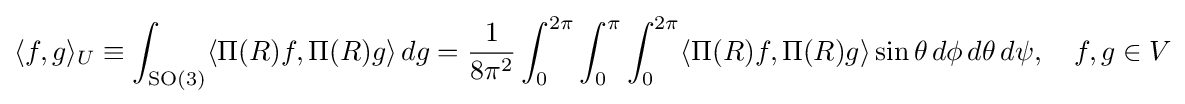
\langle f,g\rangle _{U}\equiv \int _{\operatorname {SO} (3)}\langle \Pi (R)f,\Pi (R)g\rangle \,dg={\frac {1}{8\pi ^{2}}}\int _{0}^{2\pi }\int _{0}^{\pi }\int _{0}^{2\pi }\langle \Pi (R)f,\Pi (R)g\rangle \sin \theta \,d\phi \,d\theta \,d\psi ,\quad f,g\in V